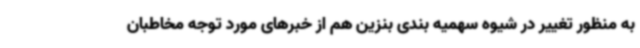
به منظور تغییر در شیوه سهمیه بندی بنزین هم از خبرهای مورد توجه مخاطبان